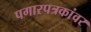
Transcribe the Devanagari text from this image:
पगारपत्रकांवर